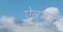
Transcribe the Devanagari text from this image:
ऐवनर